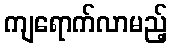
ကျရောက်လာမည့်